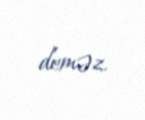
deməz.